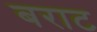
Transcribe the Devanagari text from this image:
बराट